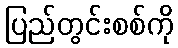
ပြည်တွင်းစစ်ကို